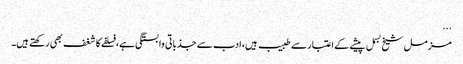
...
مزمل شیخ بسمل پیشے کے اعتبار سے طبیب ہیں، ادب سے جذباتی وابستگی ہے، فسلفے کا شغف بھی رکھتے ہیں۔